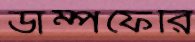
ডাম্পফেরি